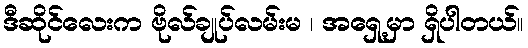
ဒီဆိုင်လေးက ဗိုလ်ချုပ်လမ်းမ ၊ အရှေ့မှာ ရှိပါတယ်။